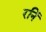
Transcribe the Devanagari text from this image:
रनिं